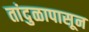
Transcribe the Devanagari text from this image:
तांदुळापासून